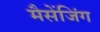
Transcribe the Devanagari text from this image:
मैसेंजिंग